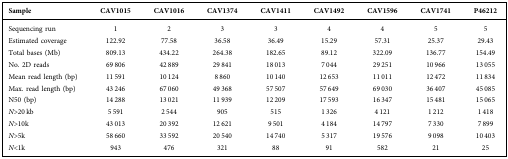
| Sample | CAV1015 | CAV1016 | CAV1374 | CAV1411 | CAV1492 | CAV1596 | CAV1741 | P46212 |
 | --- | --- | --- | --- | --- | --- | --- | --- | --- |
 | Sequencing run | 1 | 2 | 3 | 3 | 4 | 4 | 5 | 5 |
 | Estimated coverage | 122.92 | 77.58 | 36.58 | 36.49 | 15.29 | 57.31 | 25.37 | 29.43 |
 | Total bases (Mb) | 809.13 | 434.22 | 264.38 | 182.65 | 89.12 | 322.09 | 136.77 | 154.49 |
 | No. 2D reads | 69 806 | 42 889 | 29 841 | 18 013 | 7 044 | 29 251 | 10 966 | 13 055 |
 | Mean read length (bp) | 11 591 | 10 124 | 8 860 | 10 140 | 12 653 | 11 011 | 12 472 | 11 834 |
 | Max. read length (bp) | 43 246 | 67 060 | 49 368 | 57 507 | 57 649 | 69 030 | 36 407 | 45 085 |
 | N50 (bp) | 14 288 | 13 021 | 11 939 | 12 209 | 17 593 | 16 347 | 15 481 | 15 065 |
 | N>20 kb | 5 591 | 2 544 | 905 | 515 | 1 326 | 4 121 | 1 212 | 1 418 |
 | N>10k | 43 013 | 20 392 | 12 621 | 9 501 | 4 184 | 14 797 | 7 330 | 7 899 |
 | N>5k | 58 660 | 33 592 | 20 540 | 14 740 | 5 317 | 19 576 | 9 098 | 10 403 |
 | N<1k | 943 | 476 | 321 | 88 | 91 | 582 | 21 | 25 |